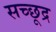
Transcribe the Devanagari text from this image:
सच्छूद्र